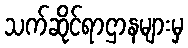
သက်ဆိုင်ရာဌာနများမှ